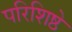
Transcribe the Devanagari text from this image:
परिशिष्ठे